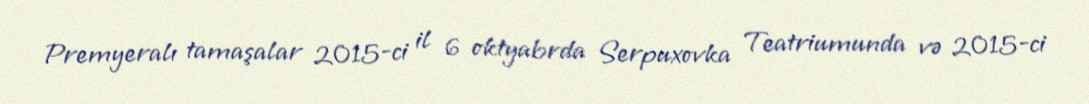
Premyeralı tamaşalar 2015-ci il 6 oktyabrda Serpuxovka Teatriumunda və 2015-ci